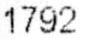
1792